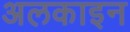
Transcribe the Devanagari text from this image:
अलकाइन